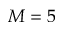
M = 5